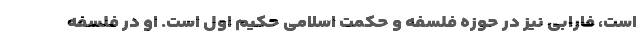
است، فارابی نیز در حوزه فلسفه و حکمت اسلامی حکیم اول است. او در فلسفه